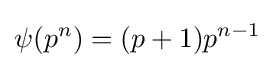
\psi (p^{n})=(p+1)p^{n-1}